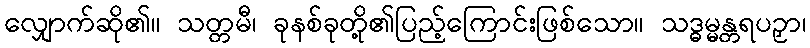
လျှောက်ဆို၏။ သတ္တမီ၊ ခုနစ်ခုတို့၏ပြည့်ကြောင်းဖြစ်သော။ သဒ္ဓမ္မန္တရပဉှာ၊